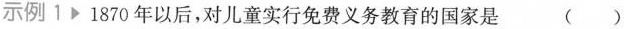
示例1 1870年以后，对儿童实行免费义务教育的国家是 ( )